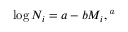
\log N _ { i } = a - b M _ { i } , \footnote { T h i s i s t h e e q u a t i o n f o r G u t e n b e r g - R i c h t e r l a w , d e s c r i b i n g t h e r e l a t i o n s h i p b e t w e e n M a g n i t u d e a n d f r e q u e n c y o f e a r t h q u a k e s }